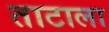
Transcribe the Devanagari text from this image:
ताटाला